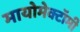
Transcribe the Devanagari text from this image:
मायोमेक्टॉमी